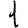
Digit: 1